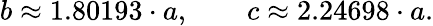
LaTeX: b\approx 1.80193\cdot a,\qquad c\approx 2.24698\cdot a.